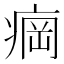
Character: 𬏲